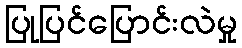
ပြုပြင်ပြောင်းလဲမှု